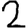
Digit: 2